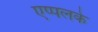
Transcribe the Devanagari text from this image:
एप्पलके